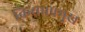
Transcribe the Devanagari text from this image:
किया।प्रमुख